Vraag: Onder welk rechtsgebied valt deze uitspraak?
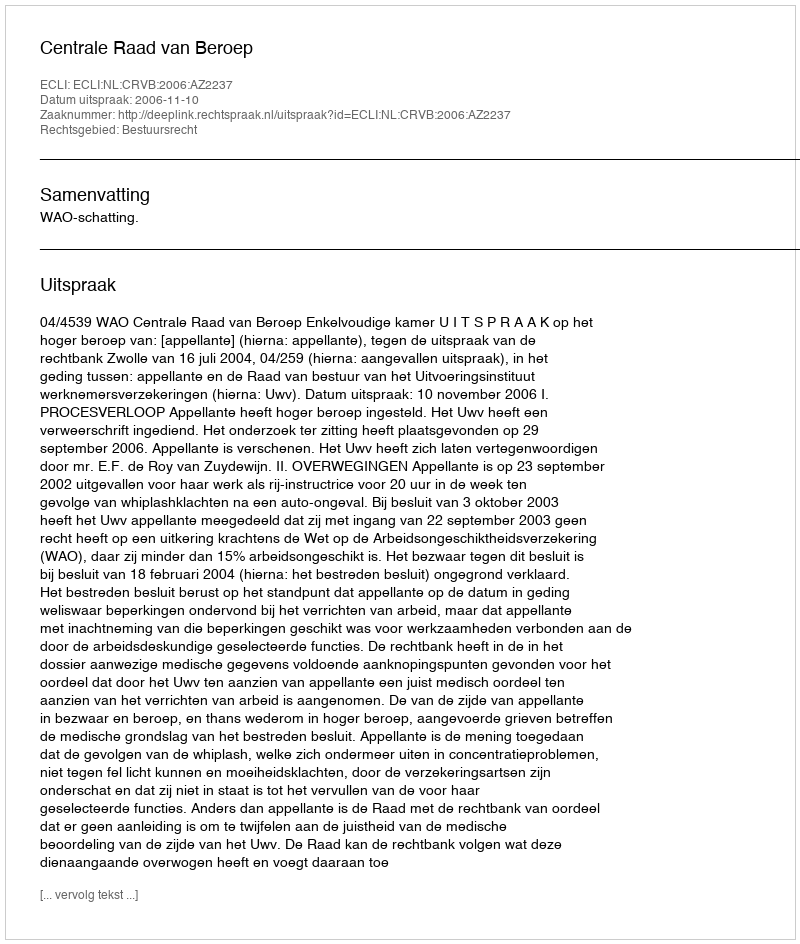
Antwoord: Bestuursrecht